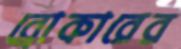
ব্রোকারের